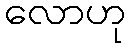
လောဟု